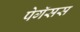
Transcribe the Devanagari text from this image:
पेगॅसस